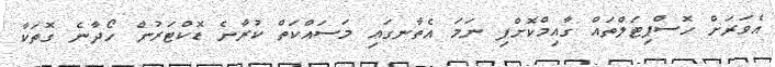
އެވަރަށް ހޮސްޕިޓަލްތައް ގާއިމްކޮށްފި ނަމަ އެތާނގައި މަސައްކަތް ކުރާނެ ޑޮކްޓަރުން ހޯދާނެ ގޮތަކާ